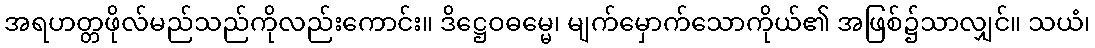
အရဟတ္တဖိုလ်မည်သည်ကိုလည်းကောင်း။ ဒိဋ္ဌေဝဓမ္မေ၊ မျက်မှောက်သောကိုယ်၏ အဖြစ်၌သာလျှင်။ သယံ၊